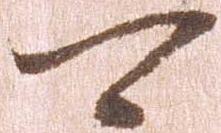
可